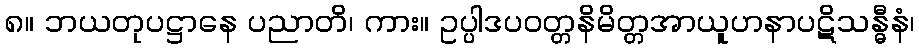
၈။ ဘယတုပဋ္ဌာနေ ပညာတိ၊ ကား။ ဥပ္ပါဒပဝတ္တနိမိတ္တအာယူဟနာပဋိသန္ဓီနံ၊